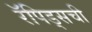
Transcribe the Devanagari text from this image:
रॅपिड्सची